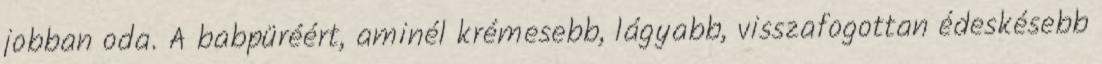
jobban oda. A babpüréért, aminél krémesebb, lágyabb, visszafogottan édeskésebb